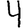
Digit: 4